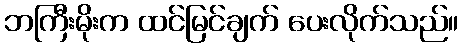
ဘကြီးမိုးက ထင်မြင်ချက် ပေးလိုက်သည်။